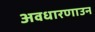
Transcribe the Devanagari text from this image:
अवधारणाउन